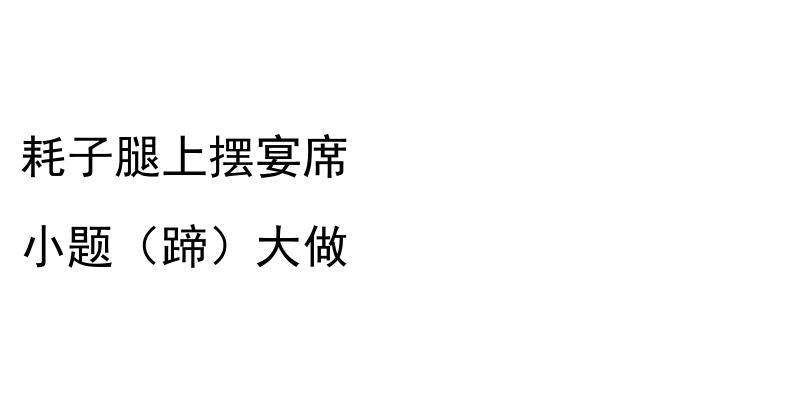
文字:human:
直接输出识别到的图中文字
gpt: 耗子腿上摆宴席 小题（蹄）大做